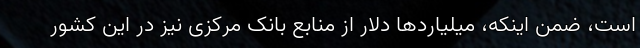
است، ضمن اینکه، میلیاردها دلار از منابع بانک مرکزی نیز در این کشور